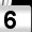
Digit: 6